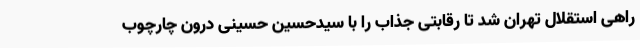
راهی استقلال تهران شد تا رقابتی جذاب را با سیدحسین حسینی درون چارچوب